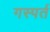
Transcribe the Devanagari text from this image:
गस्पर्त